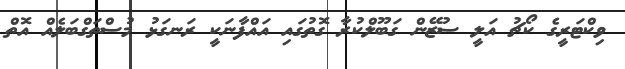
ވިކްޓަރީގެ ކޯޗު އަލީ ސުޒޭން ގަބޫލްކުރާ ގޮތުގައި އައްފާނަކީ ރަނގަޅު މުސްތަގްބަލެއް އޮތް